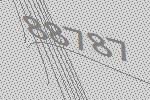
88787